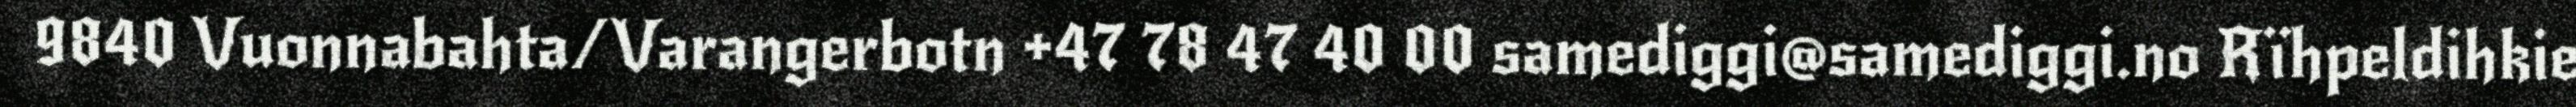
9840 Vuonnabahta/Varangerbotn +47 78 47 40 00 samediggi@samediggi.no Rïhpeldihkie